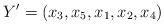
LaTeX: \begin{align*}Y' = (x_3,x_5,x_1,x_2,x_4)\end{align*}